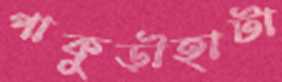
পাকুড়ীহাটা